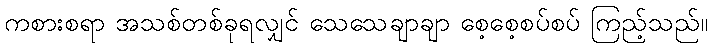
ကစားစရာ အသစ်တစ်ခုရလျှင် သေသေချာချာ စေ့စေ့စပ်စပ် ကြည့်သည်။